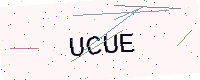
Text: UCUE